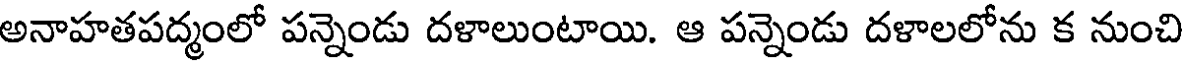
అనాహతపద్మంలో పన్నెండు దళాలుంటాయి. ఆ పన్నెండు దళాలలోను క నుంచి